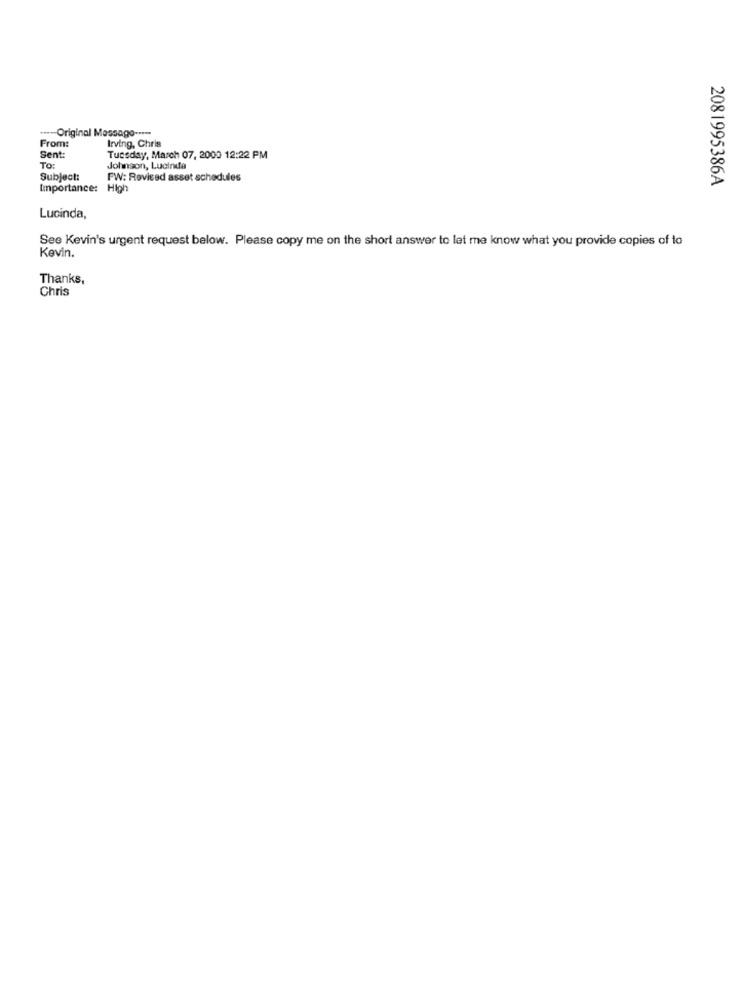
..-- Original Message -....
Irving, Chris
From:
Sent:
Tuesday, March 07, 2000 12:22 PM
TO:
Johnson, Lucinda
Subject:
FW: Revised asset schedules
2081995386A
Importance: High
Lucinda,
See Kevin's urgent request below. Please copy me on the short answer to let me know what you provide copies of to
Kevin.
Thanks,
Chris